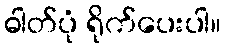
ဓါတ်ပုံ ရိုက်ပေးပါ။